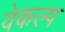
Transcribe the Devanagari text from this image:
वेकल्प